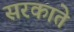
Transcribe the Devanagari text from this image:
सरकाते